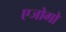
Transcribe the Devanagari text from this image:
एजोगो